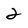
Character: 2